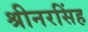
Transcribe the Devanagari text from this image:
श्रीनरसिंह